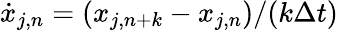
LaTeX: \dot{x}_{j,n}=(x_{j,n+k}-x_{j,n})/(k{\Delta t})